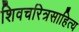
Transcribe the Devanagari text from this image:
शिवचरित्रसाहित्य